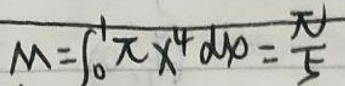
$M = \int_{0}^{1} \pi x^{4} d x = \frac{\pi}{5}$